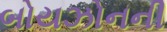
બોયઝોનની